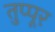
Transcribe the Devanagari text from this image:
तुप्पूर